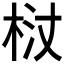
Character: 𭩻